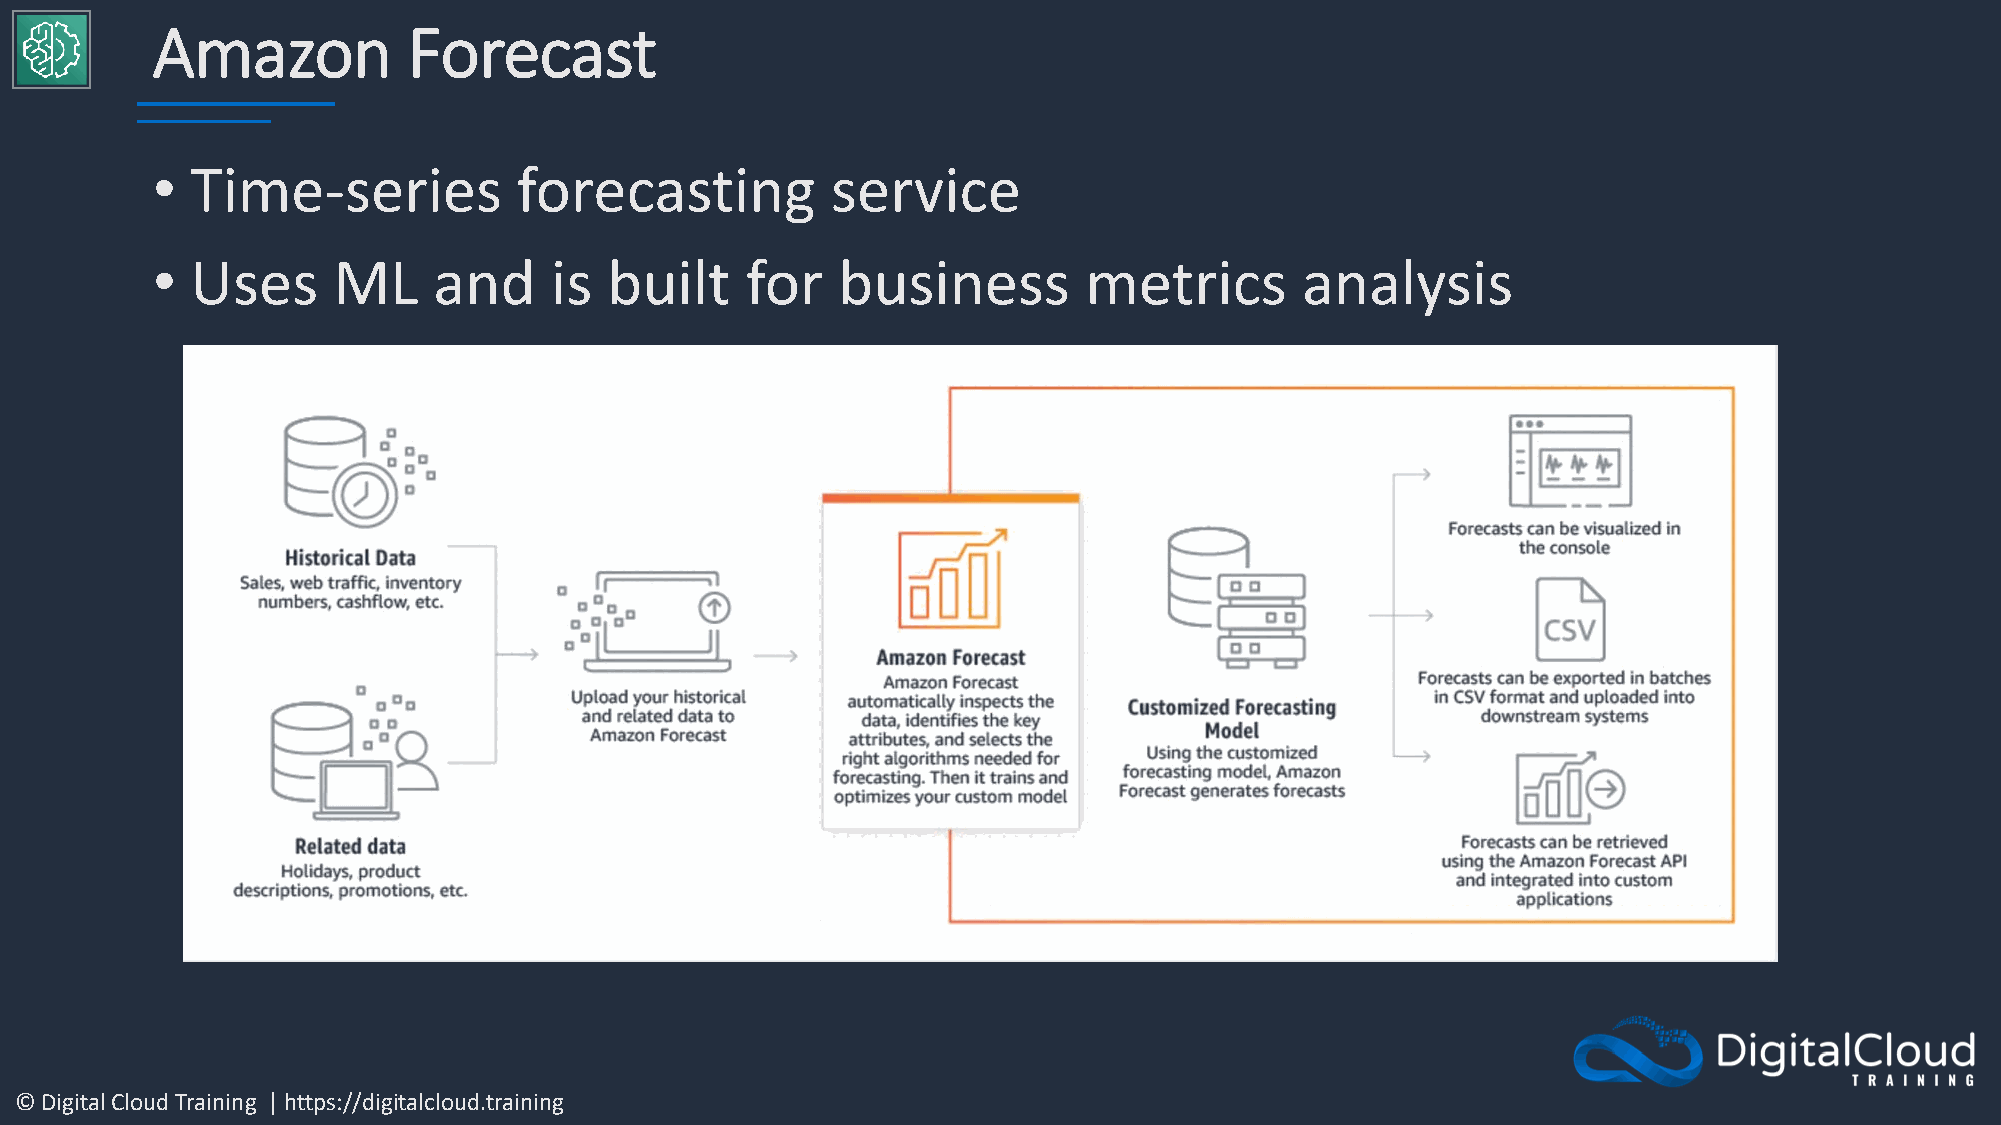
Amazon           Forecast
 •  Time-series          forecasting          service
 •  Uses     ML     and    is  built    for   business         metrics       analysis
 © Digital Cloud Training | https://digitalcloud.training